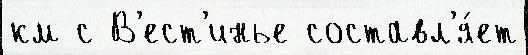
км с В'ест'инье составл'я́ет